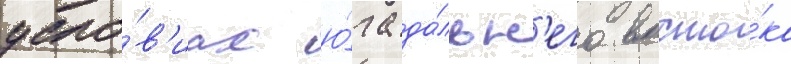
усло́в'иах ю́га да́льн'его восто́ка